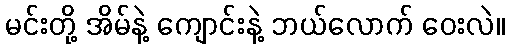
မင်းတို့ အိမ်နဲ့ ကျောင်းနဲ့ ဘယ်လောက် ဝေးလဲ။